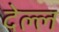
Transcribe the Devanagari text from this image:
देल्ल